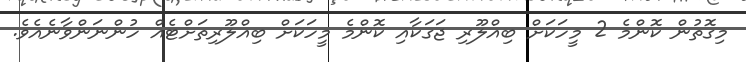
މިގޮތުން ކޮންމެ 2 މީހަކަށް ބިއްލޫރި ޖަގަކާއި ކޮންމެ މީހަކަށް ބިއްލޫރިތަށްޓެއް ހުންނަންވާނެއެވެ.